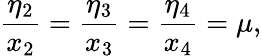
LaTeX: \frac{\eta_{2}}{x_{2}}=\frac{\eta_{3}}{x_{3}}=\frac{\eta_{4}}{x_{4}}=\mu,